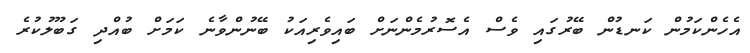
އެހެންކަމުން ކަނޑުން ބޭރުގައި ވެސް އެސޮރުމެންނަށް ބައިވެރިއަކު ބޭނުންވާނެ ކަމަށް ބުއްދި ގަބޫލުކުރެ